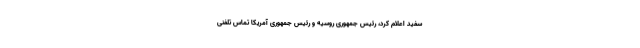
سفید اعلام کرد، رئیس جمهوری روسیه و رئیس جمهوری آمریکا تماس تلفنی